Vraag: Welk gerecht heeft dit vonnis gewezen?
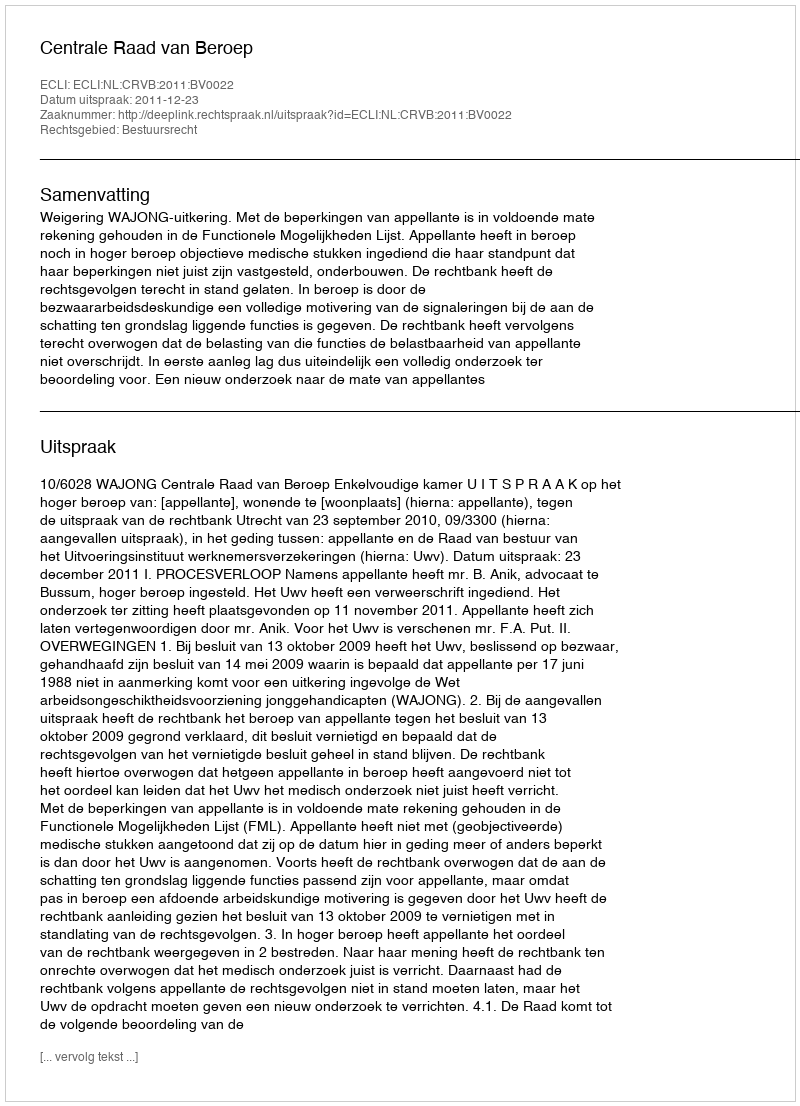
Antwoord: Centrale Raad van Beroep